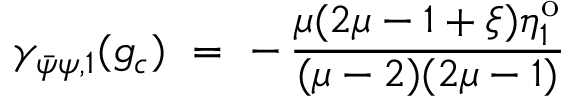
\gamma _ { \bar { \psi } \psi , 1 } ( g _ { c } ) ~ = ~ - \, \frac { \mu ( 2 \mu - 1 + \xi ) \eta _ { 1 } ^ { \mathrm { o } } } { ( \mu - 2 ) ( 2 \mu - 1 ) }